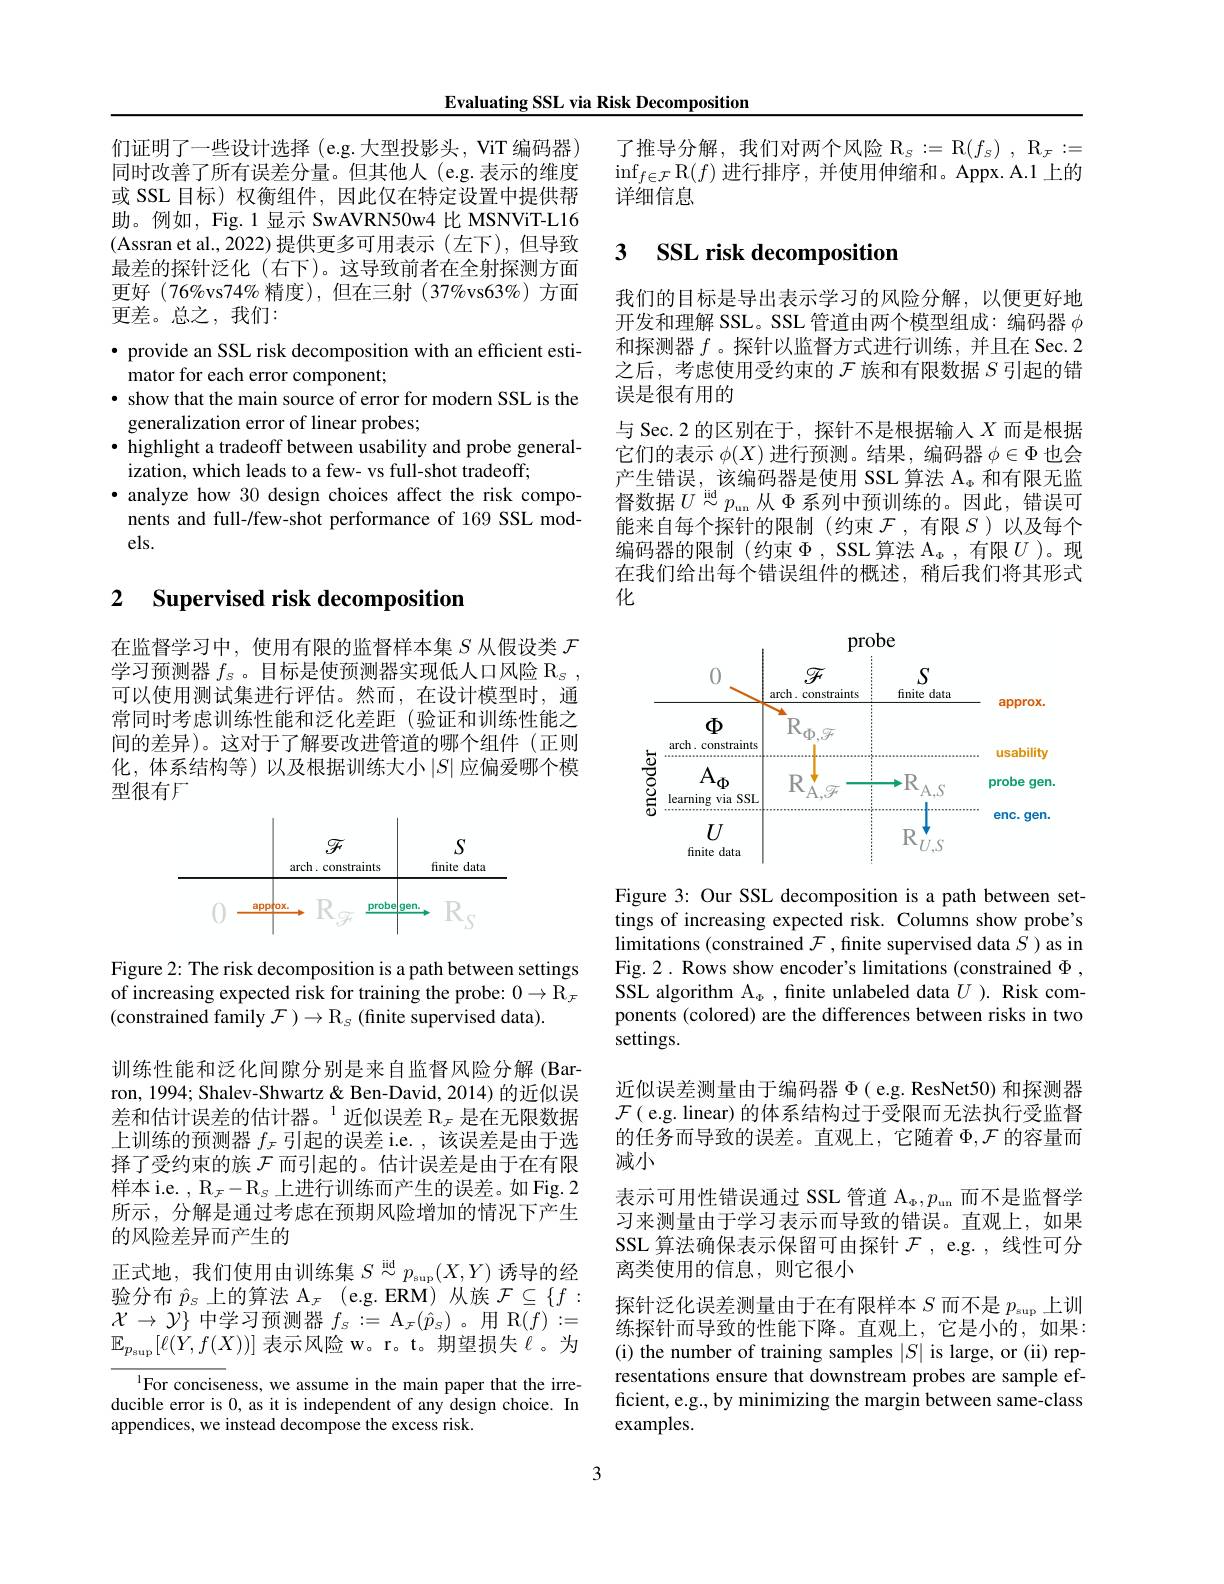
Evaluating SSL via Risk Decomposition

们证明了一些设计选择 (e.g. 大型投影头，ViT 编码器) 同时改善了所有误差分量。但其他人 (e.g. 表示的维度或 SSL 目标) 权衡组件，因此仅在特定设置中提供帮助。例如，Fig. 1 显示 SwAVRN50w4 比 MSNViT-L16 (Assran et al., 2022)提供更多可用表示(左下),但导致最差的探针泛化 (右下)。这导致前者在全射探测方面更好(76%vs74%精度),但在三射(37%vs63%)方面更差。总之，我们：

· provide an SSL risk decomposition with an efficient esti-
mator for each error component;
· show that the main source of error for modern SSL is the
generalization error of linear probes;
· highlight a tradeoff between usability and probe general-
ization, which leads to a few- vs full-shot tradeoff;
· analyze how 30 design choices affect the risk components and full-/few-shot performance of 169 SSL models.

### 2 $\textbf{Supervised risk decomposition}$

在监督学习中，使用有限的监督样本集$S$从假设类$\mathcal{F}$ 学习预测器$f_s$ 。目标是使预测器实现低人口风险 R$_\mathrm{s}$ 可以使用测试集进行评估。然而，在设计模型时，通常同时考虑训练性能和泛化差距(验证和训练性能之间的差异)。这对于了解要改进管道的哪个组件(正则化，体系结构等)以及根据训练大小$\left|S\right|$应偏爱哪个模型很有F

<FigureHere>

Figure 2: The risk decomposition is a path between settings of increasing expected risk for training the probe: $0\to\tilde{\mathbb{R}}_{\mathcal{F}}$ (constrained family $\mathcal{F})\to\mathbb{R}_S($finite supervised data).

训练性能和泛化间隙分别是来自监督风险分解(Barron, 1994; Shalev-Shwartz& Ben-David, 2014) 的近似误差和估计误差的估计器。$^1$近似误差 $\mathbb{R}_\mathcal{F}$ 是在无限数据上训练的预测器$f_\mathcal{F}$引起的误差 i.e. , 该误差是由于选择了受约束的族$\mathcal{F}$而引起的。估计误差是由于在有限样本 i.e. $,\mathrm{R}_{\mathcal{F}}-\mathrm{R}_{\mathcal{S}}$上进行训练而产生的误差。如 Fig. 2所示，分解是通过考虑在预期风险增加的情况下产生的风险差异而产生的
正式地，我们使用由训练集$S\stackrel{\mathrm{iid}}{\sim}p_{\mathrm{sup}}(X,Y)$诱导的经验分布$\hat{p}_s$上的算法$\mathcal{A}_\mathcal{F}($e.g.ERM)从族$\mathcal{F}\subseteq\{f:$ $\mathcal{X}\to\mathcal{Y}\}$中学习预测器$f_s:=\mathcal{A}_\mathcal{F}(\hat{p}_S)$ 。用 R$(f):=$ $\mathbb{E}_{p_\mathrm{sup}}[\ell(Y,f(X))]$ 表示风险 w。r。t。期望损失$\ell$。为

$^{1}$For conciseness, we assume in the main paper that the irreducible error is 0, as it is independent of any design choice. In appendices, we instead decompose the excess risk.

了推导分解，我们对两个风险$\mathbb{R}_s:=\mathbb{R}(f_s),\mathbb{R}_F:=$ $\inf_{f\in\mathcal{F}}$R$(f)$进行排序，并使用伸缩和。Appx.A.1上的详细信息

# 3 SSL risk decompositior

我们的目标是导出表示学习的风险分解，以便更好地开发和理解 SSL。SSL 管道由两个模型组成：编码器$\phi$ 和探测器$f$。探针以监督方式进行训练，并且在 Sec.2之后，考虑使用受约束的$\mathcal{F}$族和有限数据$S$引起的错误是很有用的
与 Sec.2 的区别在于，探针不是根据输入$X$而是根据它们的表示$\phi(X)$进行预测。结果，编码器$\phi\in\Phi$也会产生错误，该编码器是使用 SSL 算法$\mathcal{A}_\mathrm{\Phi}$和有限无监督数据$U\overset\mathrm{iid}{\operatorname*{\sim}}p_\mathrm{un}$从$\Phi$系列中预训练的。因此，错误可能来自每个探针的限制(约束$\mathcal{F}$ ,有限$S$ )以及每个编码器的限制(约束$\Phi$,SSL算法$\mathcal{A}_\mathrm{\Phi}$,有限$U$ )。现在我们给出每个错误组件的概述，稍后我们将其形式化

<FigureHere>

Figure 3: Our SSL decomposition is a path between settings of increasing expected risk. Columns show probe's limitations (constrained $\mathcal{F}$,finite supervised data $S$ )as in Fig.2. Rows show encoder's limitations (constrained $\Phi$, SSL algorithm A$_{\Phi}$, finite unlabeled data $U).$ Risk components (colored) are the differences between risks in two settings.

近似误差测量由于编码器$\Phi$ ( e.g. ResNet50) 和探测器$\mathcal{F}($ e.g. linear) 的体系结构过于受限而无法执行受监督的任务而导致的误差。直观上，它随着$\Phi,\mathcal{F}$的容量而减小
表示可用性错误通过 SSL 管道$\mathcal{A}_\Phi,p_\mathrm{un}$而不是监督学习来测量由于学习表示而导致的错误。直观上，如果SSL 算法确保表示保留可由探针$\mathcal{F}$, e.g. , 线性可分离类使用的信息，则它很小
探针泛化误差测量由于在有限样本$S$而不是$p_\mathrm{sup}$上训练探针而导致的性能下降。直观上，它是小的，如果： (i) the number of training samples $|S|$ is large, or (ii) representations ensure that downstream probes are sample efficient, e.g., by minimizing the margin between same-class examples.

3